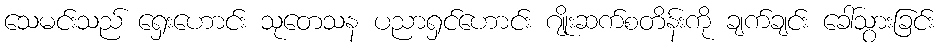
သေမင်းသည် ရှေးဟောင်း သုတေသန ပညာရှင်ဟောင်း ဂျိုးဆက်စတိန်းကို ချက်ချင်း ခေါ်သွားခြင်း